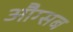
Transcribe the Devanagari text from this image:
औग्सब